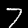
Label: 7